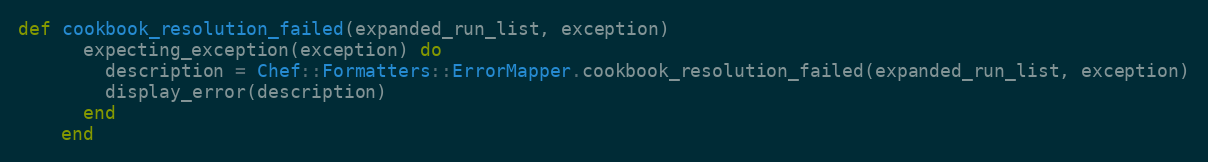
Language: Ruby
def cookbook_resolution_failed(expanded_run_list, exception)
      expecting_exception(exception) do
        description = Chef::Formatters::ErrorMapper.cookbook_resolution_failed(expanded_run_list, exception)
        display_error(description)
      end
    end